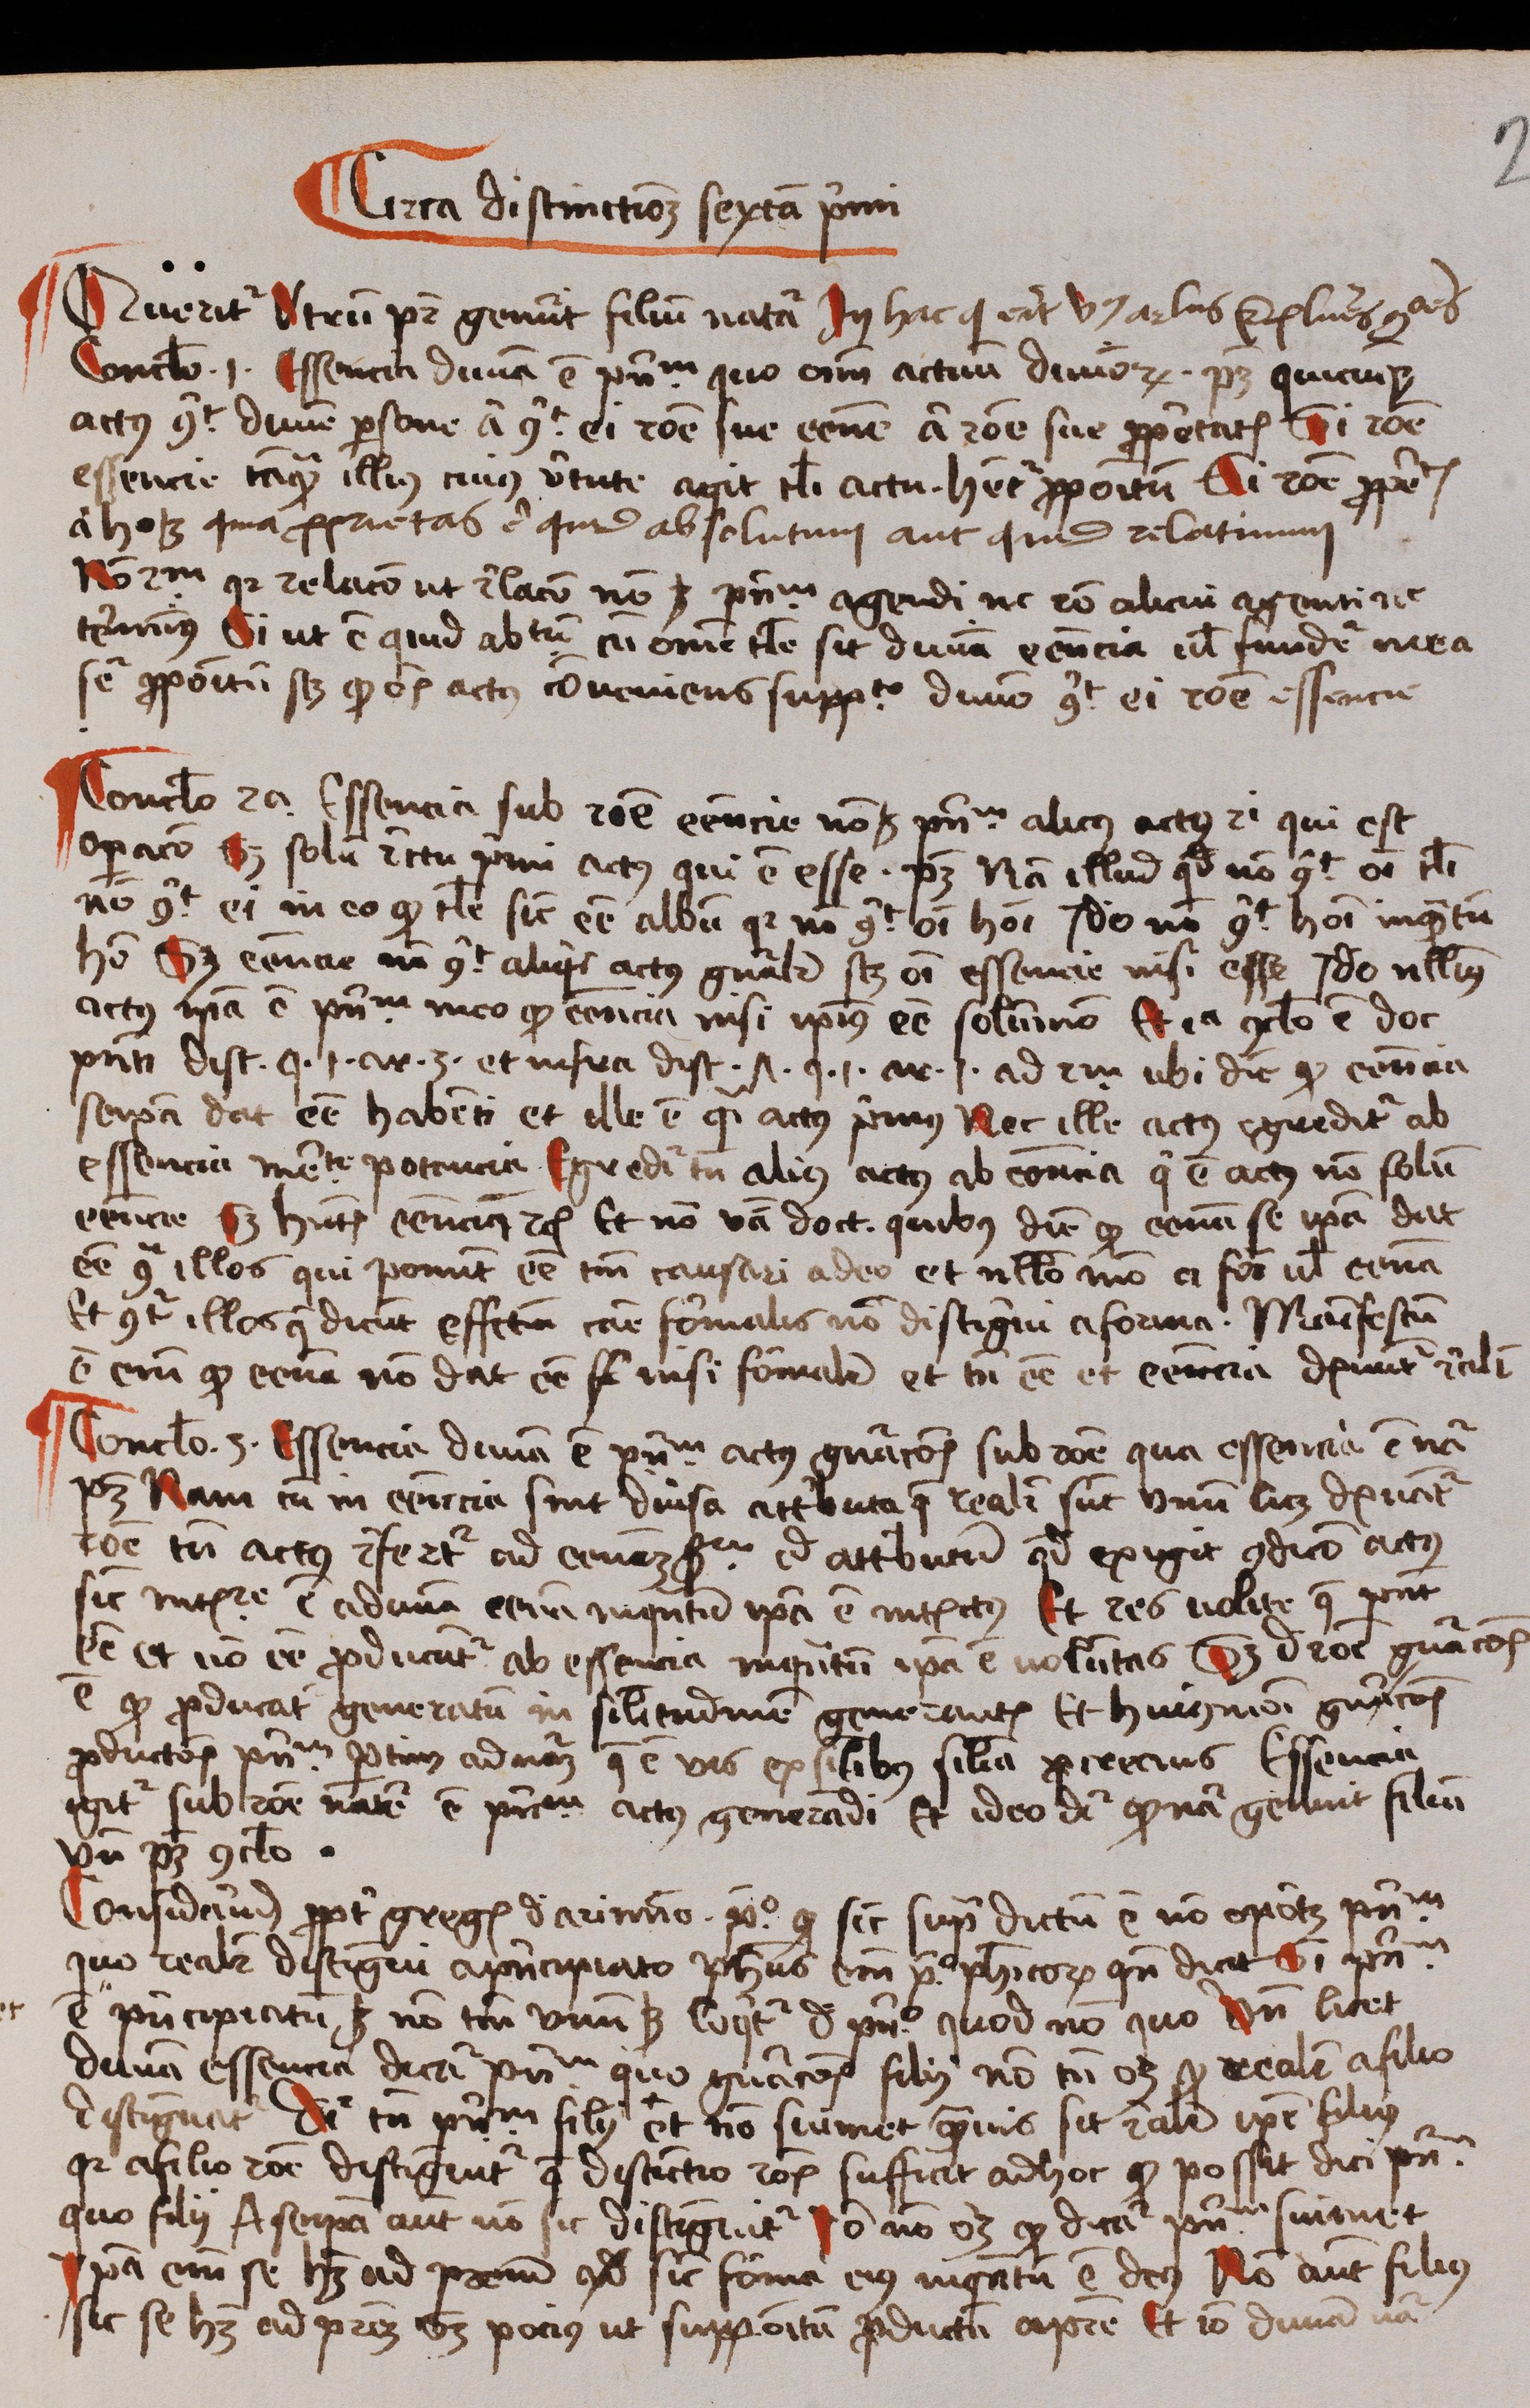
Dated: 1488–1488